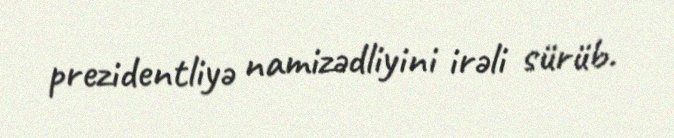
prezidentliyə namizədliyini irəli sürüb.